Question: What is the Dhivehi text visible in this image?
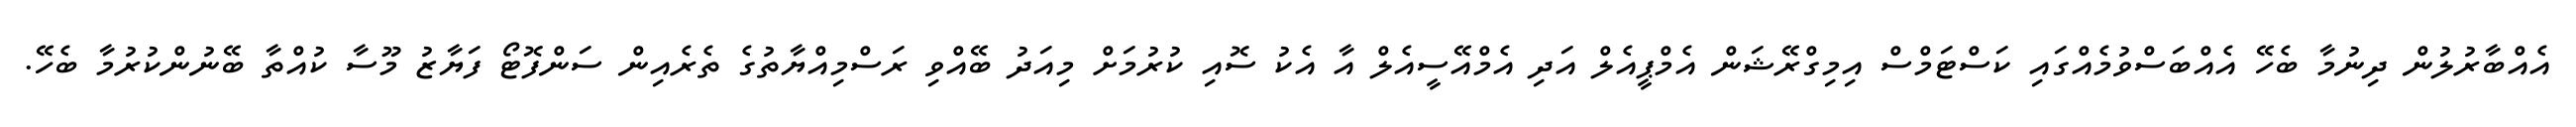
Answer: އެއްބާރުލުން ދިނުމާ ބެހޭ އެއްބަސްވުމެއްގައި ކަސްޓަމްސް އިމިގްރޭޝަން އެމްޕީއެލް އަދި އެމްއޭސީއެލް އާ އެކު ސޮއި ކުރުމަށް މިއަދު ބޭއްވި ރަސްމިއްޔާތުގެ ތެރެއިން ސަންފޮޓޯ ފަޔާޒު މޫސާ ކުއްތާ ބޭނުންކުރުމާ ބެހޭ.